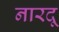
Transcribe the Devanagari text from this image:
नारदू